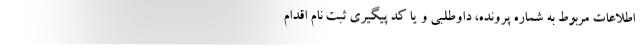
اطلاعات مربوط به شماره پرونده، داوطلبی و یا کد پیگیری ثبت نام اقدام